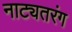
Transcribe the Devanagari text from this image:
नाट्यतरंग